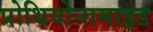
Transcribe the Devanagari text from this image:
प्रोथियोनामाइड